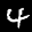
Label: 4